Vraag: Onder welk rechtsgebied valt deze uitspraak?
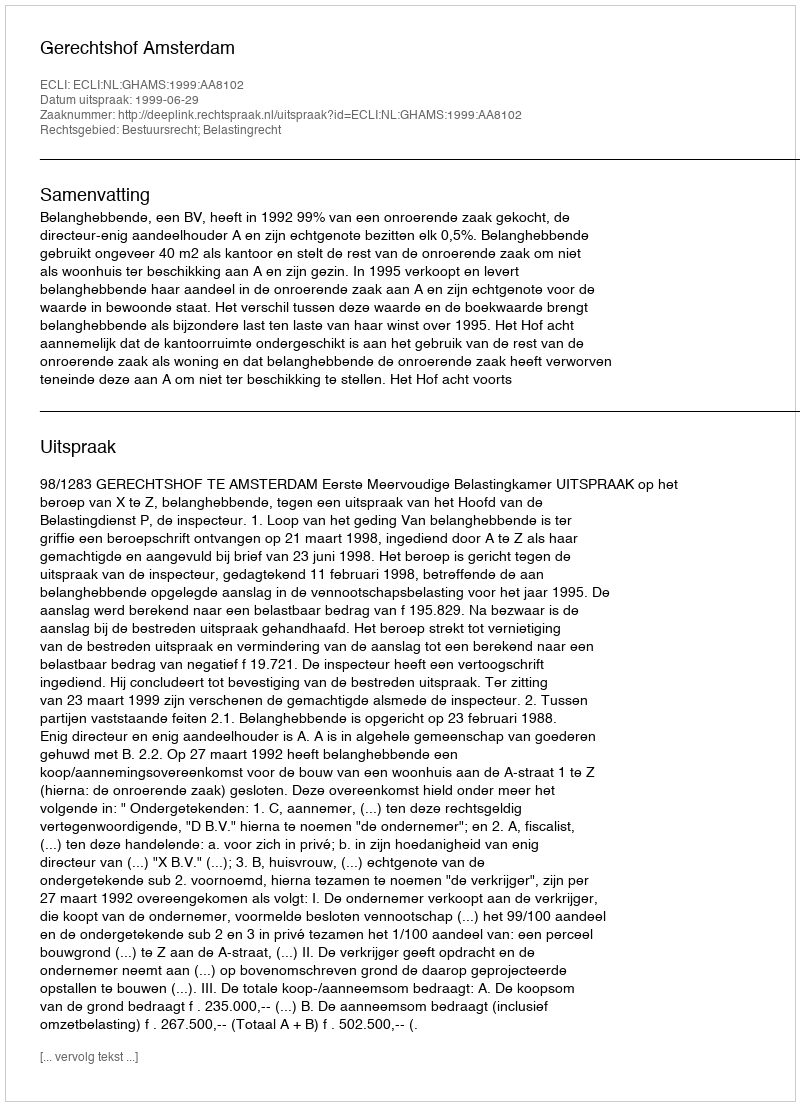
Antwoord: Bestuursrecht; Belastingrecht